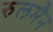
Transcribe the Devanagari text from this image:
रुलमैन